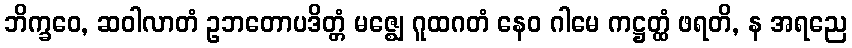
ဘိက္ခဝေ, ဆဝါလာတံ ဥဘတောပဒိတ္တံ မဇ္ဈေ ဂူထဂတံ နေဝ ဂါမေ ကဋ္ဌတ္ထံ ဖရတိ, န အရညေ